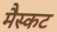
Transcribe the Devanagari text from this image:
मैस्कट